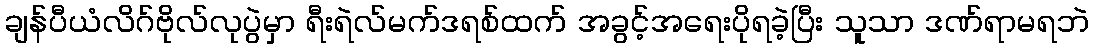
ချန်ပီယံလိဂ်ဗိုလ်လုပွဲမှာ ရီးရဲလ်မက်ဒရစ်ထက် အခွင့်အရေးပိုရခဲ့ပြီး သူသာ ဒဏ်ရာမရဘဲ